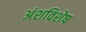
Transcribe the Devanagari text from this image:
अंशविशेष